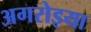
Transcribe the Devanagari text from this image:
अगरोइया